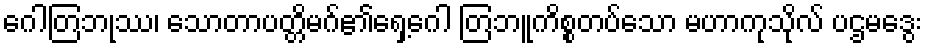
ဂေါတြဘုဿ၊ သောတာပတ္တိမဂ်၏ရှေ့ဂေါ တြဘူကိစ္စတပ်သော မဟာကုသိုလ် ပဌမဒွေး